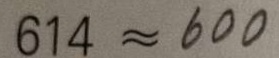
6 1 4 \approx 6 0 0